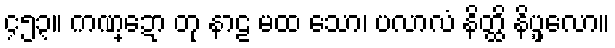
၄၅၃။ ကဏ္ဍော တု နာဠ မထ သော၊ ပလာလံ နိတ္ထိ နိပ္ဖလော။